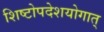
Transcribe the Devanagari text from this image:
शिष्टोपदेशयोगात्